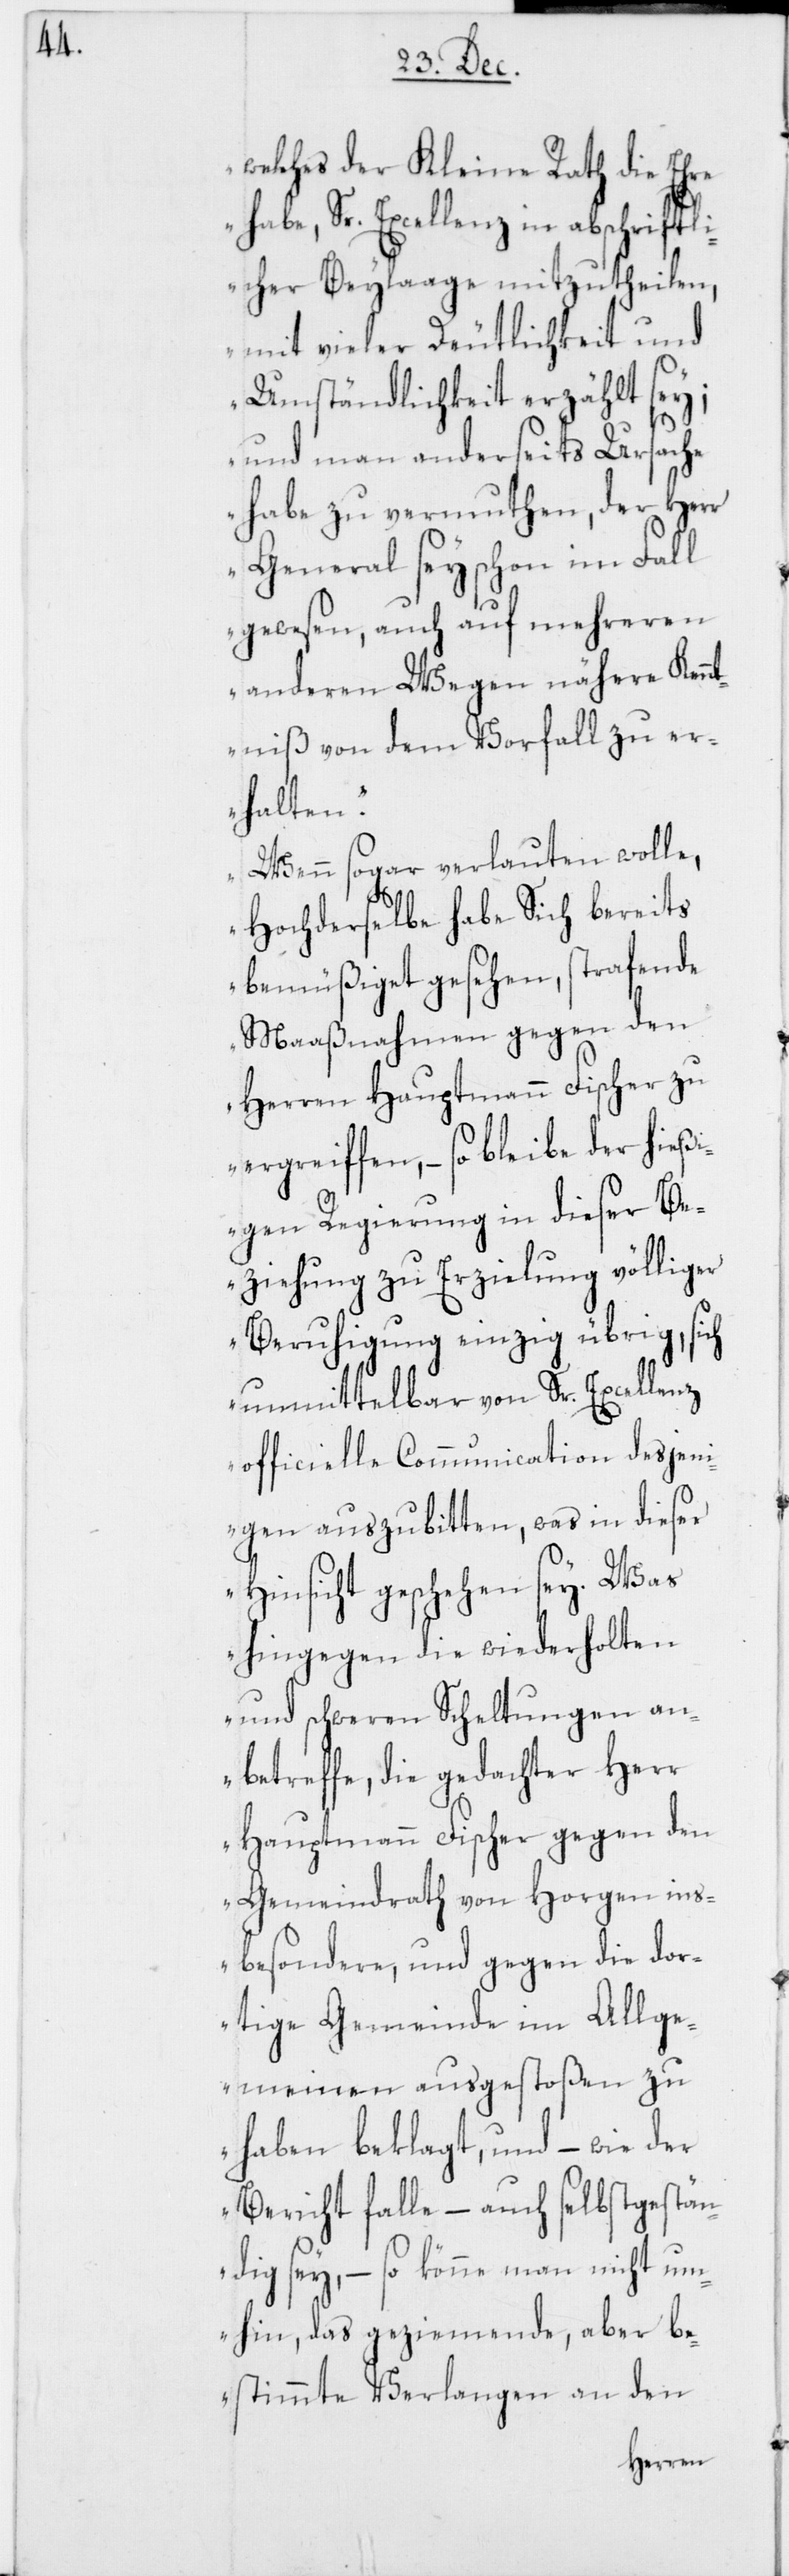
welches der Kleine Rath die Ehre
habe, Sr. Excellenz in abschriftl¬
icher Beylaage mitzutheilen,
mit vieler Deutlichkeit und
Umständlichkeit erzählt sey;
und man anderseits Ursache
habe zu vermuthen, der Herr
General sey schon im Fall
gewesen, auch auf mehreren
anderen Wegen nähere Ken¬
ntniß von dem Vorfall zu er¬
halten.
Wenn sogar verlauten wolle,
Hochderselbe habe Sich bereits
bemüßiget gesehen, strafende
Maaßnahmen gegen den
Herren Hauptmann Fischer zu
ergreiffen, – so bleibe der hieß¬
igen Regierung in dieser Be¬
ziehung zu Erzielung völliger
Beruhigung einzig übrig, sich
unmittelbar von Sr. Excellenz
officielle Communication desjen¬
igen auszubitten, was in dieser
Hinsicht geschehen sey. Was
hingegen die wiederholten
und schweren Scheltungen an¬
betreffe, die gedachter Herr
Hauptmann Fischer gegen den
Gemeindrath von Horgen ins¬
besondere, und gegen die dor¬
tige Gemeinde im Allge¬
meinen ausgestoßen zu
haben beklagt, und – wie der
Bericht falle – auch selbst gestän¬
dig sey, – so könne man nicht um¬
hin, das geziemende, aber be¬
stimmte Verlangen an den